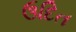
ઉદિત